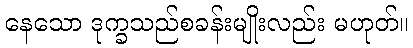
နေသော ဒုက္ခသည်စခန်းမျိုးလည်း မဟုတ်။